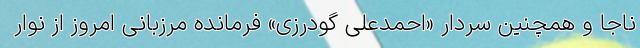
ناجا و همچنین سردار «احمدعلی گودرزی» فرمانده مرزبانی امروز از نوار